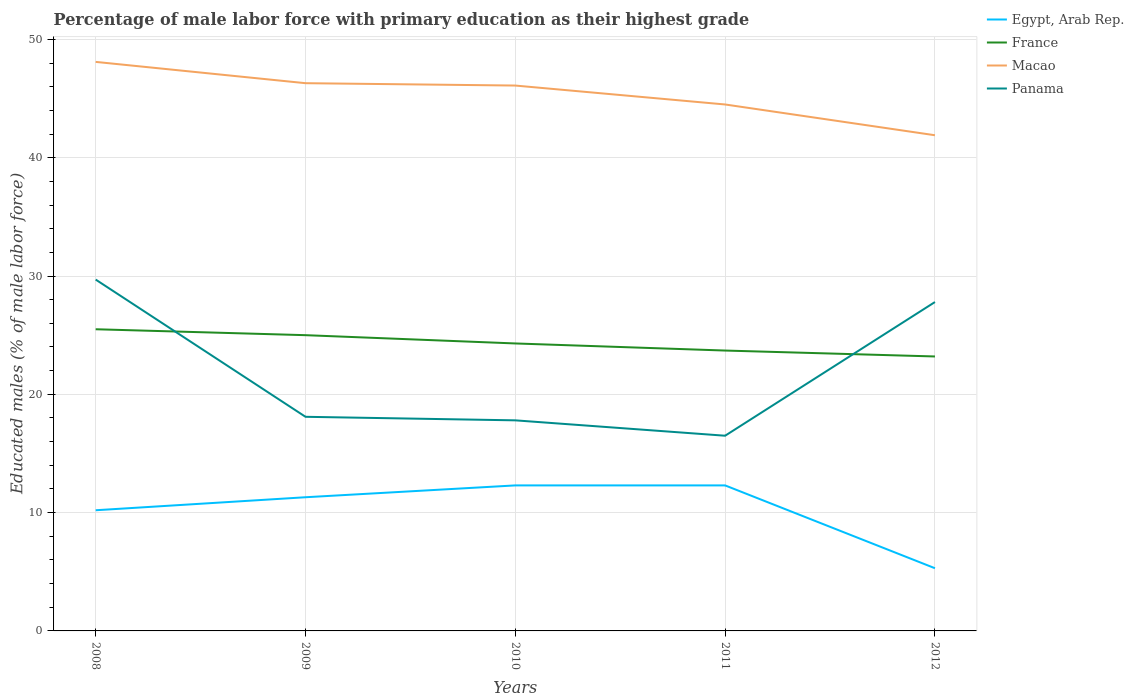
| Years | Egypt, Arab Rep. | France | Macao | Panama |
 | --- | --- | --- | --- | --- |
 | 2008 | 10.2 | 25.5 | 48.1 | 29.7 |
 | 2009 | 11.3 | 25 | 46.3 | 18.1 |
 | 2010 | 12.3 | 24.3 | 46.1 | 17.8 |
 | 2011 | 12.3 | 23.7 | 44.5 | 16.5 |
 | 2012 | 5.3 | 23.2 | 41.9 | 27.8 |